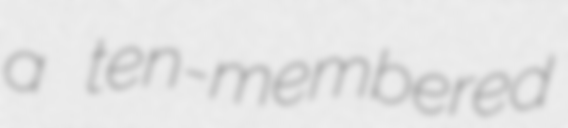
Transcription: a ten-membered